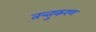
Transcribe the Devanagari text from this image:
तन्तुकरण